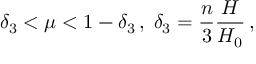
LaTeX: \delta _ { 3 } < \mu < 1 - \delta _ { 3 } \, , \; \delta _ { 3 } = \frac { n } { 3 } \frac { H } { H _ { 0 } } \, ,